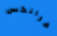
فرانكس